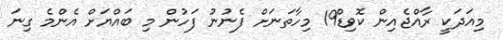
މިއަދަކީ ރާއްޖެއިން ކޮވިޑް19 މިހާތަނަށް ފެނުނު ފަހުން މި ބައްޔަށް އެންމެ ގިނަ